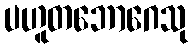
ပဟူတဘောဂေသု